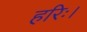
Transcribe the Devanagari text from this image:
हरिः।